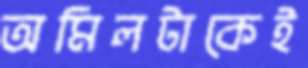
অমিলটাকেই